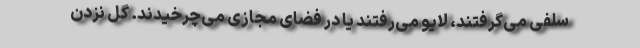
سلفی می‌گرفتند، لایو می‌رفتند یا در فضای مجازی می‌چرخیدند. گل نزدن